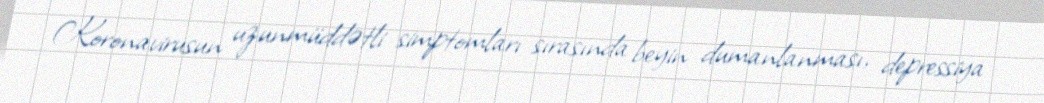
Koronavirusun uzunmüddətli simptomları sırasında beyin dumanlanması, depressiya